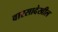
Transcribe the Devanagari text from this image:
वारसादेखील